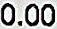
0.00